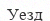
Уезд